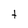
Character: t